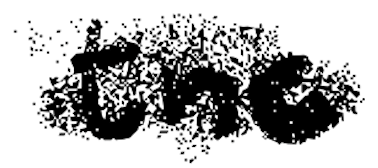
Text: the
Cross-out: scratch
Writing tool: digital_black